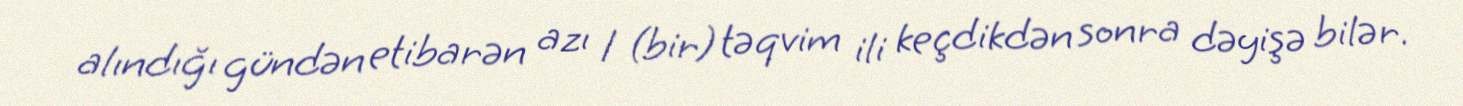
alındığı gündən etibarən azı 1 (bir) təqvim ili keçdikdən sonra dəyişə bilər.